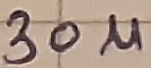
Text: 30µ